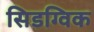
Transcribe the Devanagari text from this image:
सिडग्विक